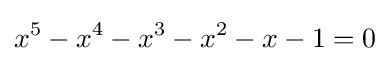
x^{5}-x^{4}-x^{3}-x^{2}-x-1=0